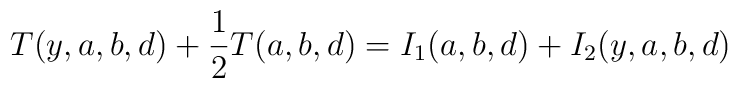
T(y,a,b,d)+\frac{1}{2}T(a,b,d)=I_{1}(a,b,d)+I_{2}(y,a,b,d)